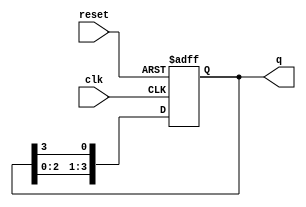
module ring_counter (
    input wire clk,      // Clock input
    input wire reset,    // Reset input
    output reg [3:0] q   // 4-bit output representing the state of the counter
);

    // Initial state for the ring counter
    initial begin
        q = 4'b1000;  // Start with '1000'
    end

    // Synchronous process
    always @(posedge clk or posedge reset) begin
        if (reset) begin
            q <= 4'b1000;  // Reset state to '1000'
        end else begin
            // Shift the '1' to the right in a circular fashion
            q <= {q[2:0], q[3]}; // Shift left and wrap around
        end
    end

endmodule